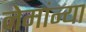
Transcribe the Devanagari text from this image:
नेमांन्या